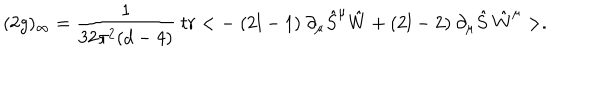
LaTeX: ( 2 g ) _ { \infty } = \frac { 1 } { 3 2 \pi ^ { 2 } ( d - 4 ) } \ t r < - \ ( 2 l - 1 ) \ \partial _ { \mu } \hat { S } ^ { \mu } \hat { W } + ( 2 l - 2 ) \ \partial _ { \mu } \hat { S } \ \hat { W } ^ { \mu } > .